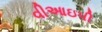
વીઆઇપી